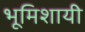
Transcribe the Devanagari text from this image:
भूमिशायी